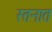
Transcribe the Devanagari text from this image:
स्तनात